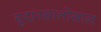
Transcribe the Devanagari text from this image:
सुदानखालोखाल